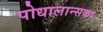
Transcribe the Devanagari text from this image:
पोधालान्सका